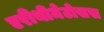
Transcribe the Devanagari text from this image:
एरीथीमेटोसस